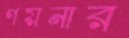
গয়নার